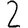
Digit: 2